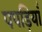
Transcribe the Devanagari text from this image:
पपड़ियाँ